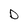
Character: D